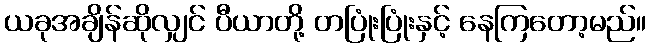
ယခုအချိန်ဆိုလျှင် ပီယာတို့ တပြုံးပြုံးနှင့် နေကြတော့မည်။